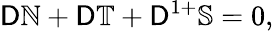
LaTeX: \mathsf{D}\mathbb{N}+\mathsf{D}\mathbb{T}+\mathsf{D}^{1+}\mathbb{S}=0,